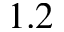
1 . 2